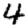
Digit: 4